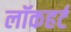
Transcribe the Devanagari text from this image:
लॉकहर्ट